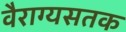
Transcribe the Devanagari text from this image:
वैराग्यसतक